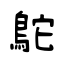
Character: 鴕